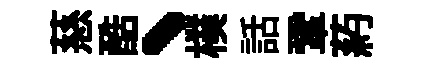
慈酷、樸話鞏葯